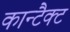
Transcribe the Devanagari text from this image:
कान्टैक्ट